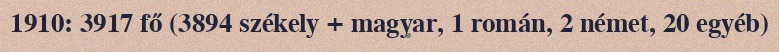
1910: 3917 fő (3894 székely + magyar, 1 román, 2 német, 20 egyéb)